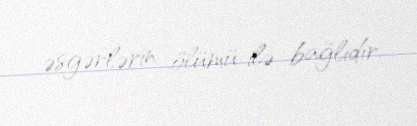
əsgərlərin ölümü ilə bağlıdır.